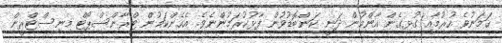
ހަމަނުވެ ހުރުމާއި ގުޅިގެން އާންމުން ދަނީ ކަންބޮޑުވުން ފާޅުކުރަމުންނެވެ. އެހެންކަމުން ޓްރާންސްޕޯޓް މިނިސްޓްރީން